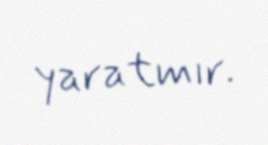
yaratmır.